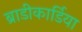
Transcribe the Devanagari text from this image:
ब्राडीकार्डिया